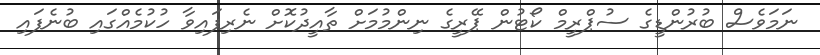
ނަމަވެސް ބުރުންޑީގެ ސުޕްރީމް ކޯޓުން ޕޭރީގެ ނިންމުމަށް ތާއީދުކޮށް ނެރިފައިވާ ހުކުމެއްގައި ބުނެފައި